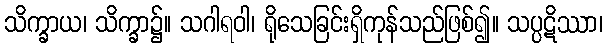
သိက္ခာယ၊ သိက္ခာ၌။ သဂါရဝါ၊ ရိုသေခြင်းရှိကုန်သည်ဖြစ်၍။ သပ္ပဋိဿာ၊